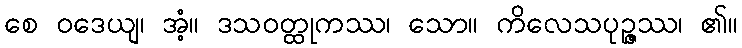
စေ ဝဒေယျ၊ အံ့။ ဒသဝတ္ထုကဿ၊ သော။ ကိလေသပုဉ္ဇဿ၊ ၏။